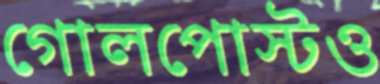
গোলপোস্টও